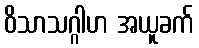
ဝိသာသဂ္ဂါဟ အယူခက်